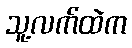
သူ့လက်ထဲက